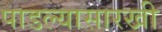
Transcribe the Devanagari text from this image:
पाडल्यासारखी